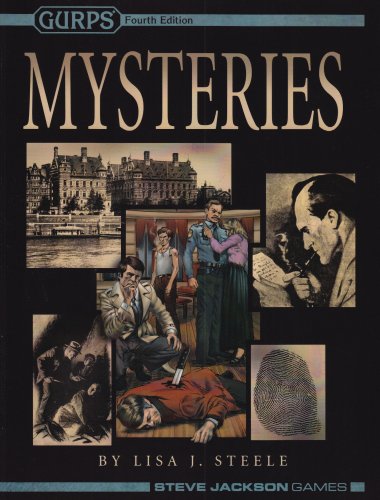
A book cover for GURPS Mysteries (4ed) *OP; Lisa J. Steele; Science Fiction & Fantasy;